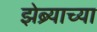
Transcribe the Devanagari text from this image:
झेब्र्याच्या